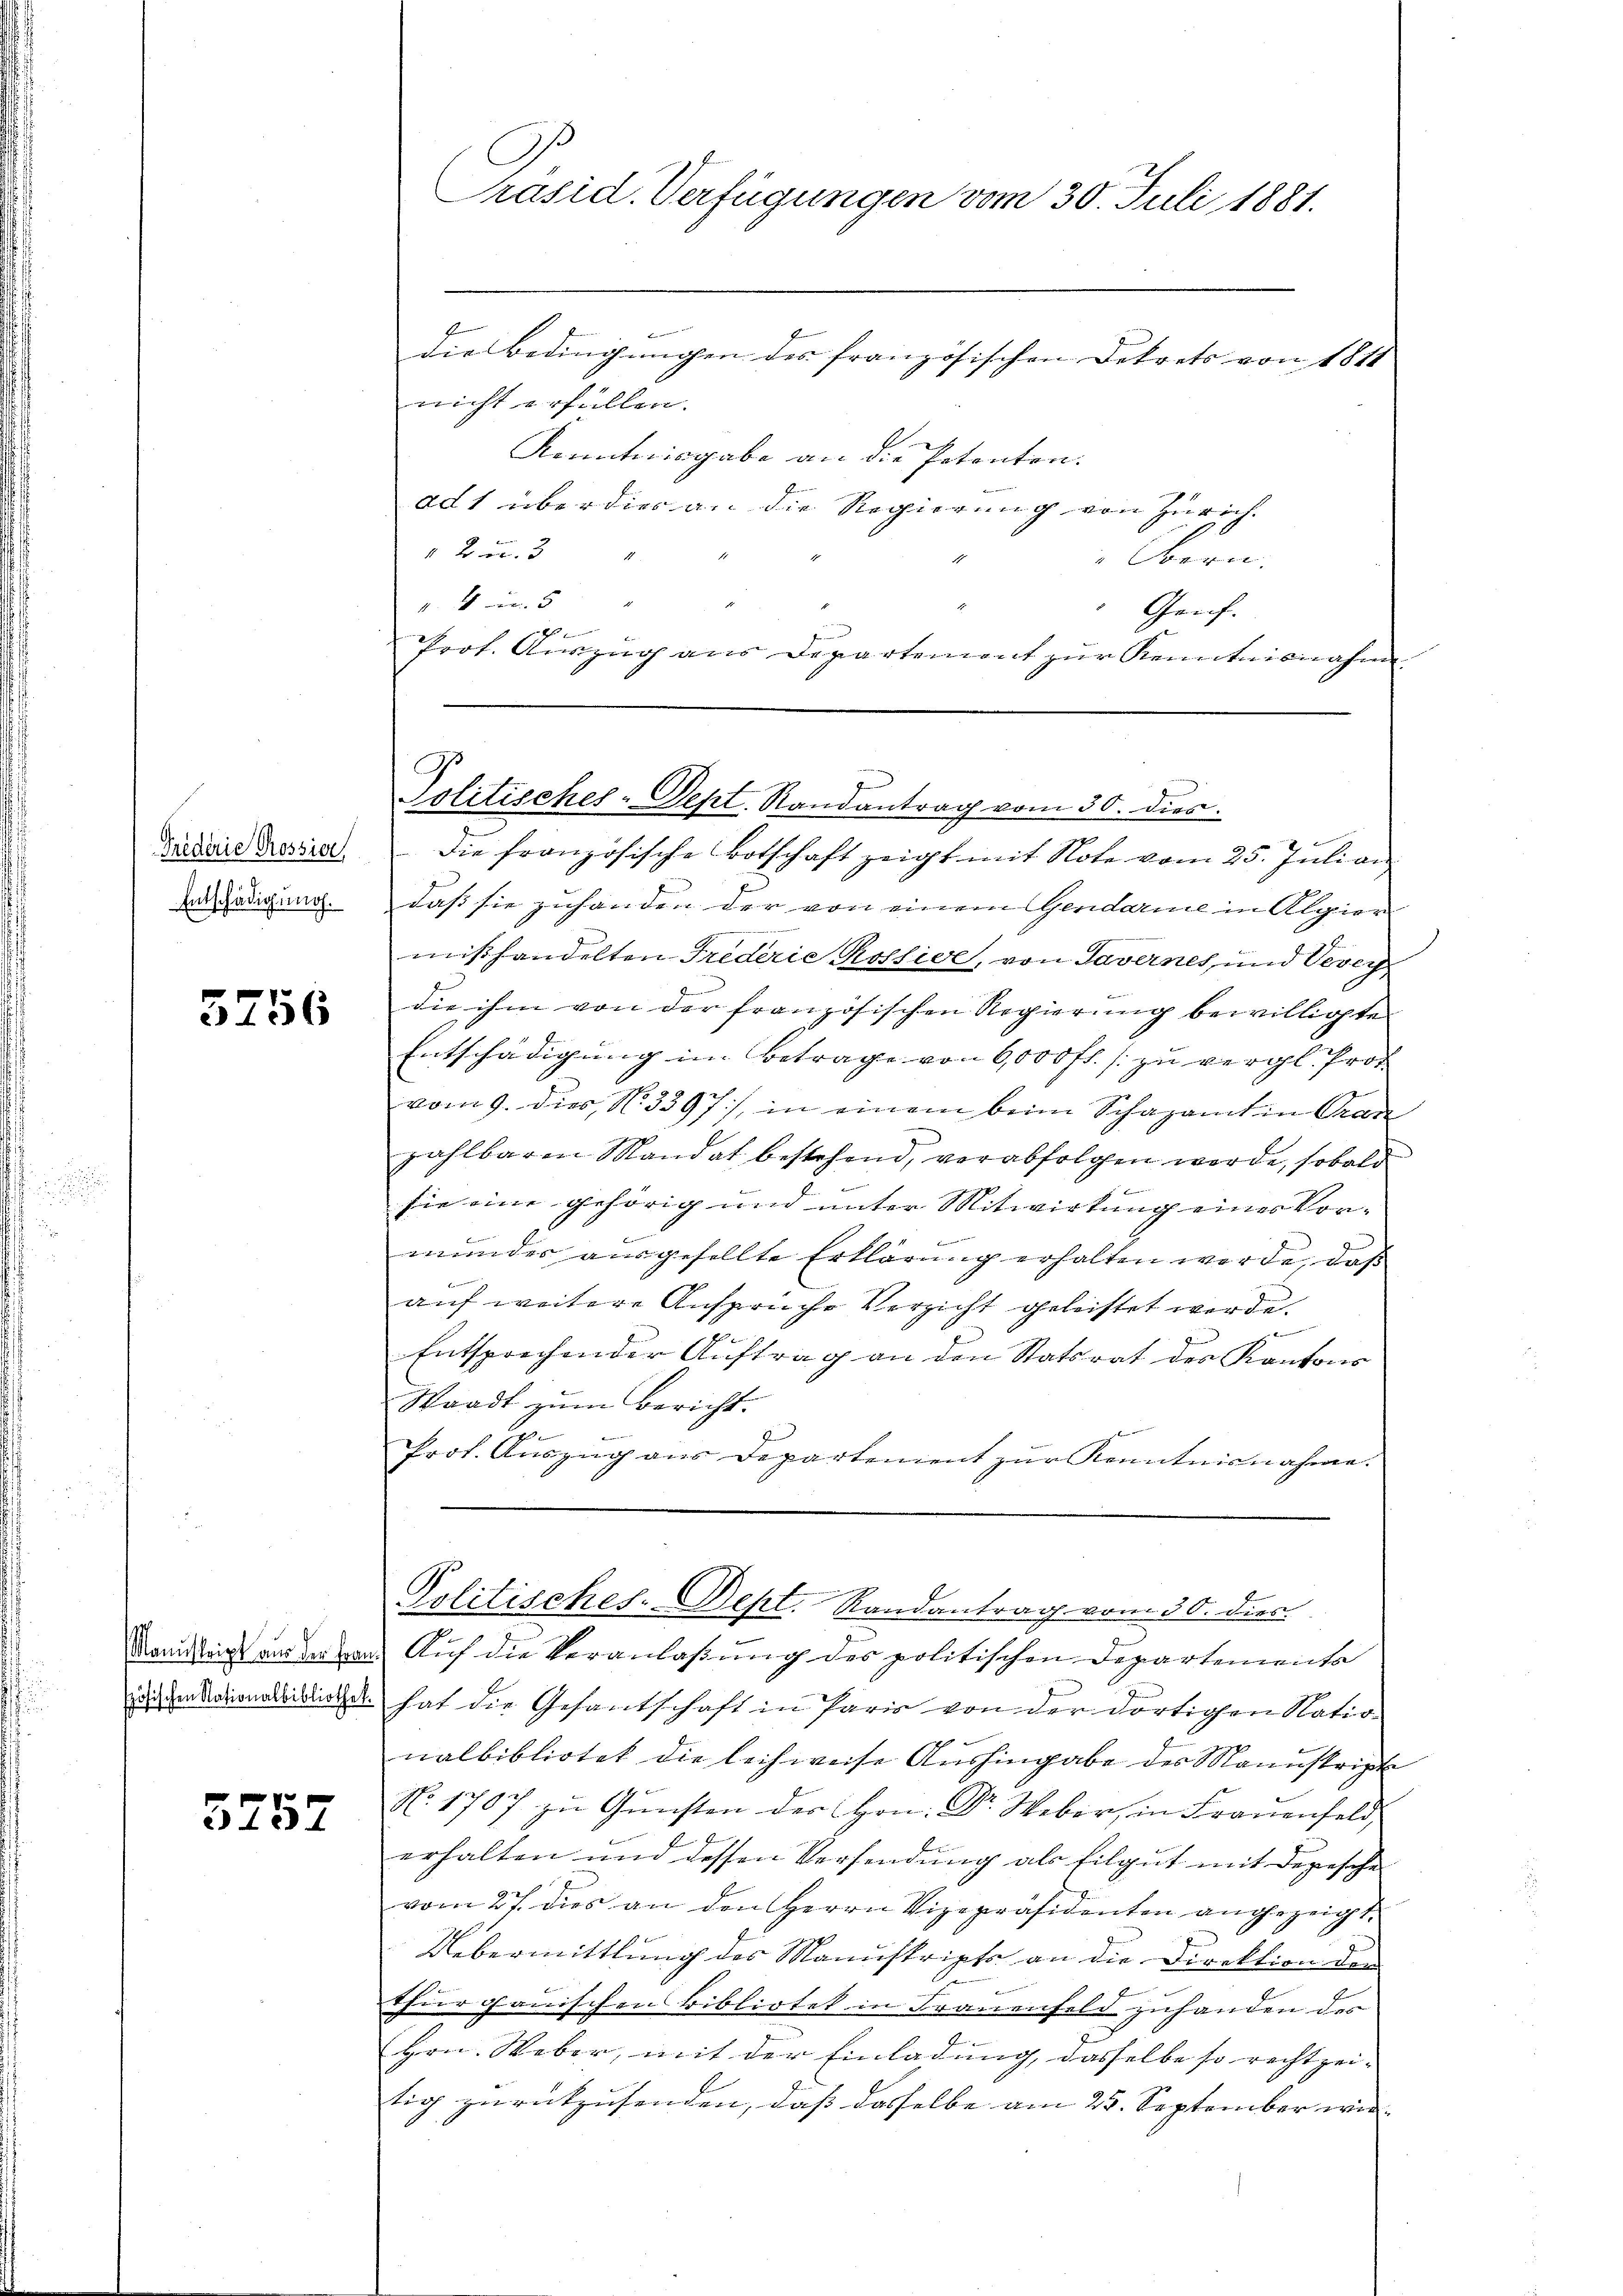
Triderie Rossier
Entschädigung.

5756

5257

Präsid. Verfügungen vom 30. Juli 1881.

Ehrung ein einer ersten
die Bedingungen des französischen Dekrets von 1811
nicht erfüllen.
Kenntnisgabe an die Potenten.
adt überdies an die Regierung von Zürich.
 2 Fr. 3
 1 f 12
45
Genf.
s
Prot. Auszug aus Departement zur Kenntnisnahme
Die französische Botschaft zeigt mit Note vom 25. Juli an
daß sie zuhanden der von einem Gendarme in Algier
mißhandelten Frederie Rossive, von Tavernes, und Vevey
die ihm von der französischen Regierung bewilligte
Entschädigung im Betrage von 6000 fl. zu vergl. Prot
vom 9. dies N. 3397), in einem beim Schazamt in Oran
2
zahlbaren Mandat bestehend, verabfolgen werde, sobald
t
sie eine gehörig und unter Mitwirkung eines Vormundes ausgesellte Erklärung erhalten werde, daß
auf weitere Anspruche Verzicht geleistet werde.
x
Entsprechender Auftrag an den Statsrat des Kantons
Waadt zŭm Bericht.
H
Prof. Auszug aus Departement zur Kenntnisnahme.

Politisches-Dept. Randantrag vom 30. dies

Politisches-Dept. Randantrag vom 30. dies

Komiteigt an der von Auf die Veranlaßung des politischen Departements
zin den kanone die hat die Gesamtschaft in Paris von der dortigen Nation
nalbibliotet die leihweise Aushingabe des Manuskripte
No. 1707 zu Gunsten der Hrn. Dr. Weber, in Frauenfeld,
erhalten und dessen Versendung als filgut mit Depesche
vom 27. dies an den Herrn Vizepräsidenten angezeigt.
Uebermittlung des Manuskripts an die Direktion der
Thurgauischen Bibliotek in Frauenfeld zuhanden des
Hrn. Weber, mit der Einladung, dasselbe so rechtzei-
tig zurückzusenden, daß dasselbe am 25. September wir